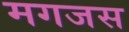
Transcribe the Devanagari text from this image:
मगजस